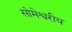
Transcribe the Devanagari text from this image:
सोमेश्वरीय